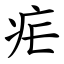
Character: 疟